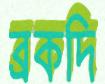
ব্রকদি